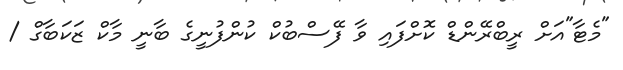
"މެޓާ"އަށް ރީބްރޭންޑް ކޮށްފައި ވާ ފޭސްބުކް ކުންފުނީގެ ބާނީ މާކް ޒަކަބާގް /